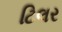
ટિલર